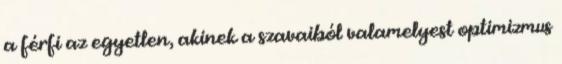
a férfi az egyetlen, akinek a szavaiból valamelyest optimizmus